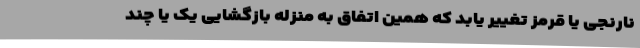
نارنجی یا قرمز تغییر یابد که همین اتفاق به منزله بازگشایی یک یا چند